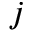
j